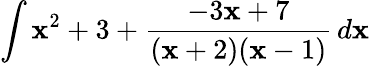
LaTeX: \int\mathbf{x}^{2}+3+{\frac{{-3\mathbf{x}+7}}{{(\mathbf{x}+2)(\mathbf{x}-1)}}}\, d\mathbf{x}